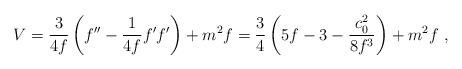
\begin{align*}V= {3\over 4 f} \left(f'' -{1\over 4 f} f' f'\right) + m^2f={3\over 4} \left(5f -3 - {c_0^2\over 8 f^3}\right) + m^2 f\ ,\end{align*}